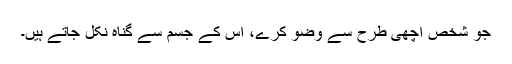
جو شخص اچھی طرح سے وضو کرے، اس کے جسم سے گناہ نکل جاتے ہیں۔